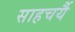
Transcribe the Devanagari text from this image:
साहचर्यै